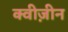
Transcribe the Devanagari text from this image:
क्वीज़ीन